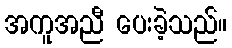
အကူအညီ ပေးခဲ့သည်။